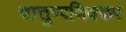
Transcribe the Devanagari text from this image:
चात्तुप्पणिक्कर